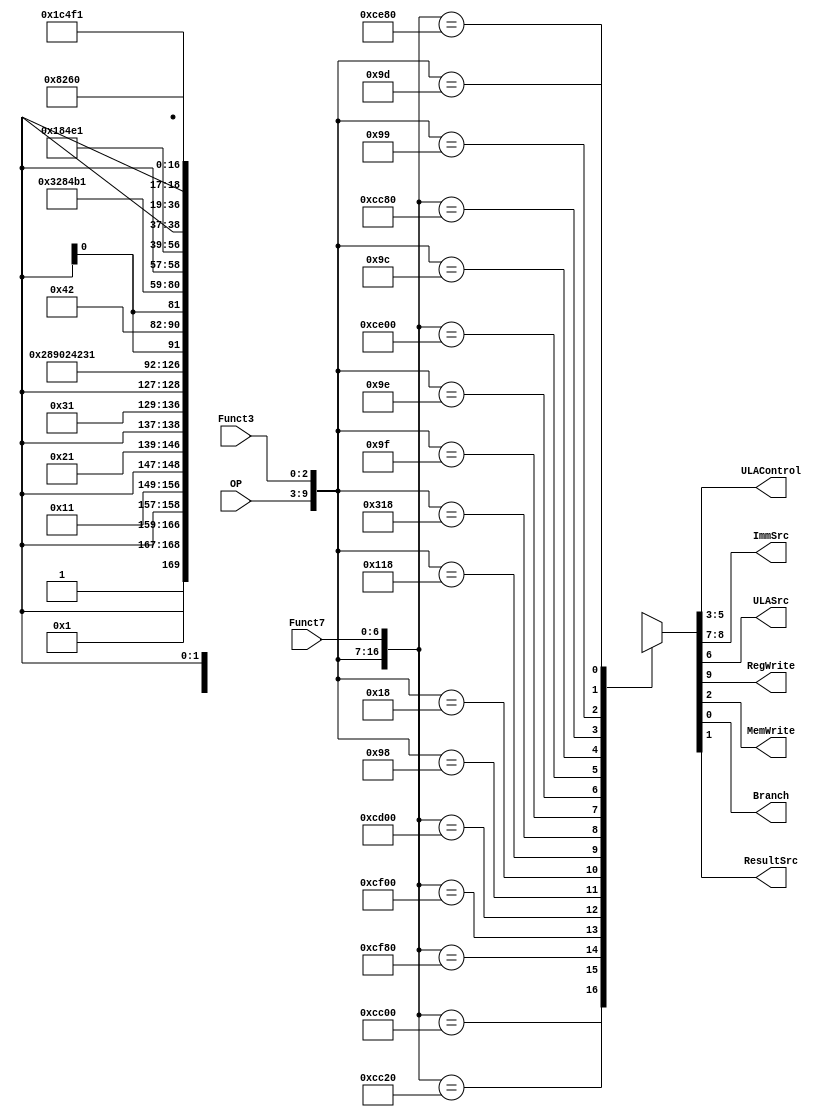
module Control_Unit (input  [6:0] OP,
                     input  [2:0] Funct3,
                     input  [6:0] Funct7,
							output reg [2:0] ULAControl,
                     output reg[1:0] ImmSrc, 
                     output reg ULASrc, RegWrite, MemWrite, Branch,ResultSrc);
  
  reg [9:0] saida;
  
  always @ (*) begin 
    casex ({OP, Funct3, Funct7})
      /*{7'b0110011, 3'b000, 7'b0000000}: saida = {1'b1, 1'b0, 3'b000}; // ADD
      {7'b0110011, 3'b000, 7'b0100000}: saida = {1'b1, 1'b0, 3'b001}; // SUB
      {7'b0110011, 3'b111, 7'b0000000}: saida = {1'b1, 1'b0, 3'b010}; // AND
      {7'b0110011, 3'b110, 7'b0000000}: saida = {1'b1, 1'b0, 3'b011}; // OR
      {7'b0110011, 3'b010, 7'b0000000}: saida = {1'b1, 1'b0, 3'b101}; // SLT
      {7'b0010011, 3'b000, 7'bxxxxxxx}: saida = {1'b1, 1'b1, 3'b000}; // ADDi 
      default : saida = 5'bxxxxx;*/
		
      {7'b0110011, 3'b000, 7'b0000000}: saida = {1'b1, 2'bxx, 1'b0, 3'b000, 1'b0, 1'b0, 1'b0}; // ADD
      {7'b0110011, 3'b000, 7'b0100000}: saida = {1'b1, 2'bxx, 1'b0, 3'b001, 1'b0, 1'b0, 1'b0}; // SUB
      {7'b0110011, 3'b111, 7'b0000000}: saida = {1'b1, 2'bxx, 1'b0, 3'b010, 1'b0, 1'b0, 1'b0}; // AND
      {7'b0110011, 3'b110, 7'b0000000}: saida = {1'b1, 2'bxx, 1'b0, 3'b011, 1'b0, 1'b0, 1'b0}; // OR
      {7'b0110011, 3'b010, 7'b0000000}: saida = {1'b1, 2'bxx, 1'b0, 3'b101, 1'b0, 1'b0, 1'b0}; // SLT
      {7'b0010011, 3'b000, 7'bxxxxxxx}: saida = {1'b1, 2'b00, 1'b1, 3'b000, 1'b0, 1'b0, 1'b0}; // ADDi 
      {7'b0000011, 3'b000, 7'bxxxxxxx}: saida = {1'b1, 2'b00, 1'b1, 3'b000, 1'b0, 1'b1, 1'b0}; // LB
      {7'b0100011, 3'b000, 7'bxxxxxxx}: saida = {1'b0, 2'b01, 1'b1, 3'b000, 1'b1, 1'bx, 1'b0}; // SB
		{7'b1100011, 3'b000, 7'bxxxxxxx}: saida = {1'b0, 2'b10, 1'b0, 3'b001, 1'b0, 1'bx, 1'b1}; // BEQ
		
		//NOVAS INSTRUÇÕES
		{7'b0010011, 3'b111, 7'bxxxxxxx}: saida = {1'b1, 2'b00, 1'b1, 3'b010, 1'b0, 1'b0, 1'b0};//ANDI
		{7'b0010011, 3'b110, 7'bxxxxxxx}: saida = {1'b1, 2'b00, 1'b1, 3'b011, 1'b0, 1'b0, 1'b0};//ORI
	   {7'b0110011, 3'b100, 7'b0000000}: saida = {1'b1, 2'bxx, 1'b0, 3'b110, 1'b0, 1'b0, 1'b0};//XOR
		{7'b0010011, 3'b100, 7'bxxxxxxx}: saida = {1'b1, 2'b00, 1'b1, 3'b110, 1'b0, 1'b0, 1'b0};//XORI
		{7'b0110011, 3'b001, 7'b0000000}: saida = {1'b1, 2'bxx, 1'b0, 3'b111, 1'b0, 1'b0, 1'b0};//SLL
		{7'b0010011, 3'b001, 7'bxxxxxxx}: saida = {1'b1, 2'b00, 1'b1, 3'b111, 1'b0, 1'b0, 1'b0};//SLLI
		{7'b0110011, 3'b101, 7'b0000000}: saida = {1'b1, 2'bxx, 1'b0, 3'b100, 1'b0, 1'b0, 1'b0};//SRL
		{7'b0010011, 3'b101, 7'bxxxxxxx}: saida = {1'b1, 2'b00, 1'b1, 3'b100, 1'b0, 1'b0, 1'b0};//SRLI
      default : saida = 10'bxxxxxxxxxxxxx;
		
    endcase
  	
  	{RegWrite,ImmSrc, ULASrc, ULAControl,MemWrite,ResultSrc,Branch} = saida;
    
  end
endmodule